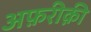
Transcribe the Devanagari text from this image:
अफ़रीक़ी